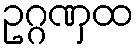
ဥဂ္ဂဏှထ